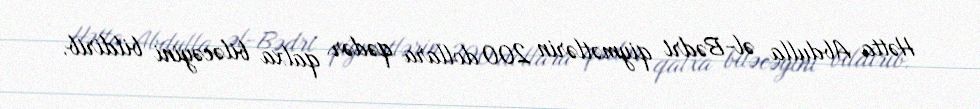
Hətta Abdulla əl-Bədri qiymətlərin 200 dollara qədər qalxa biləcəyini bildirib.